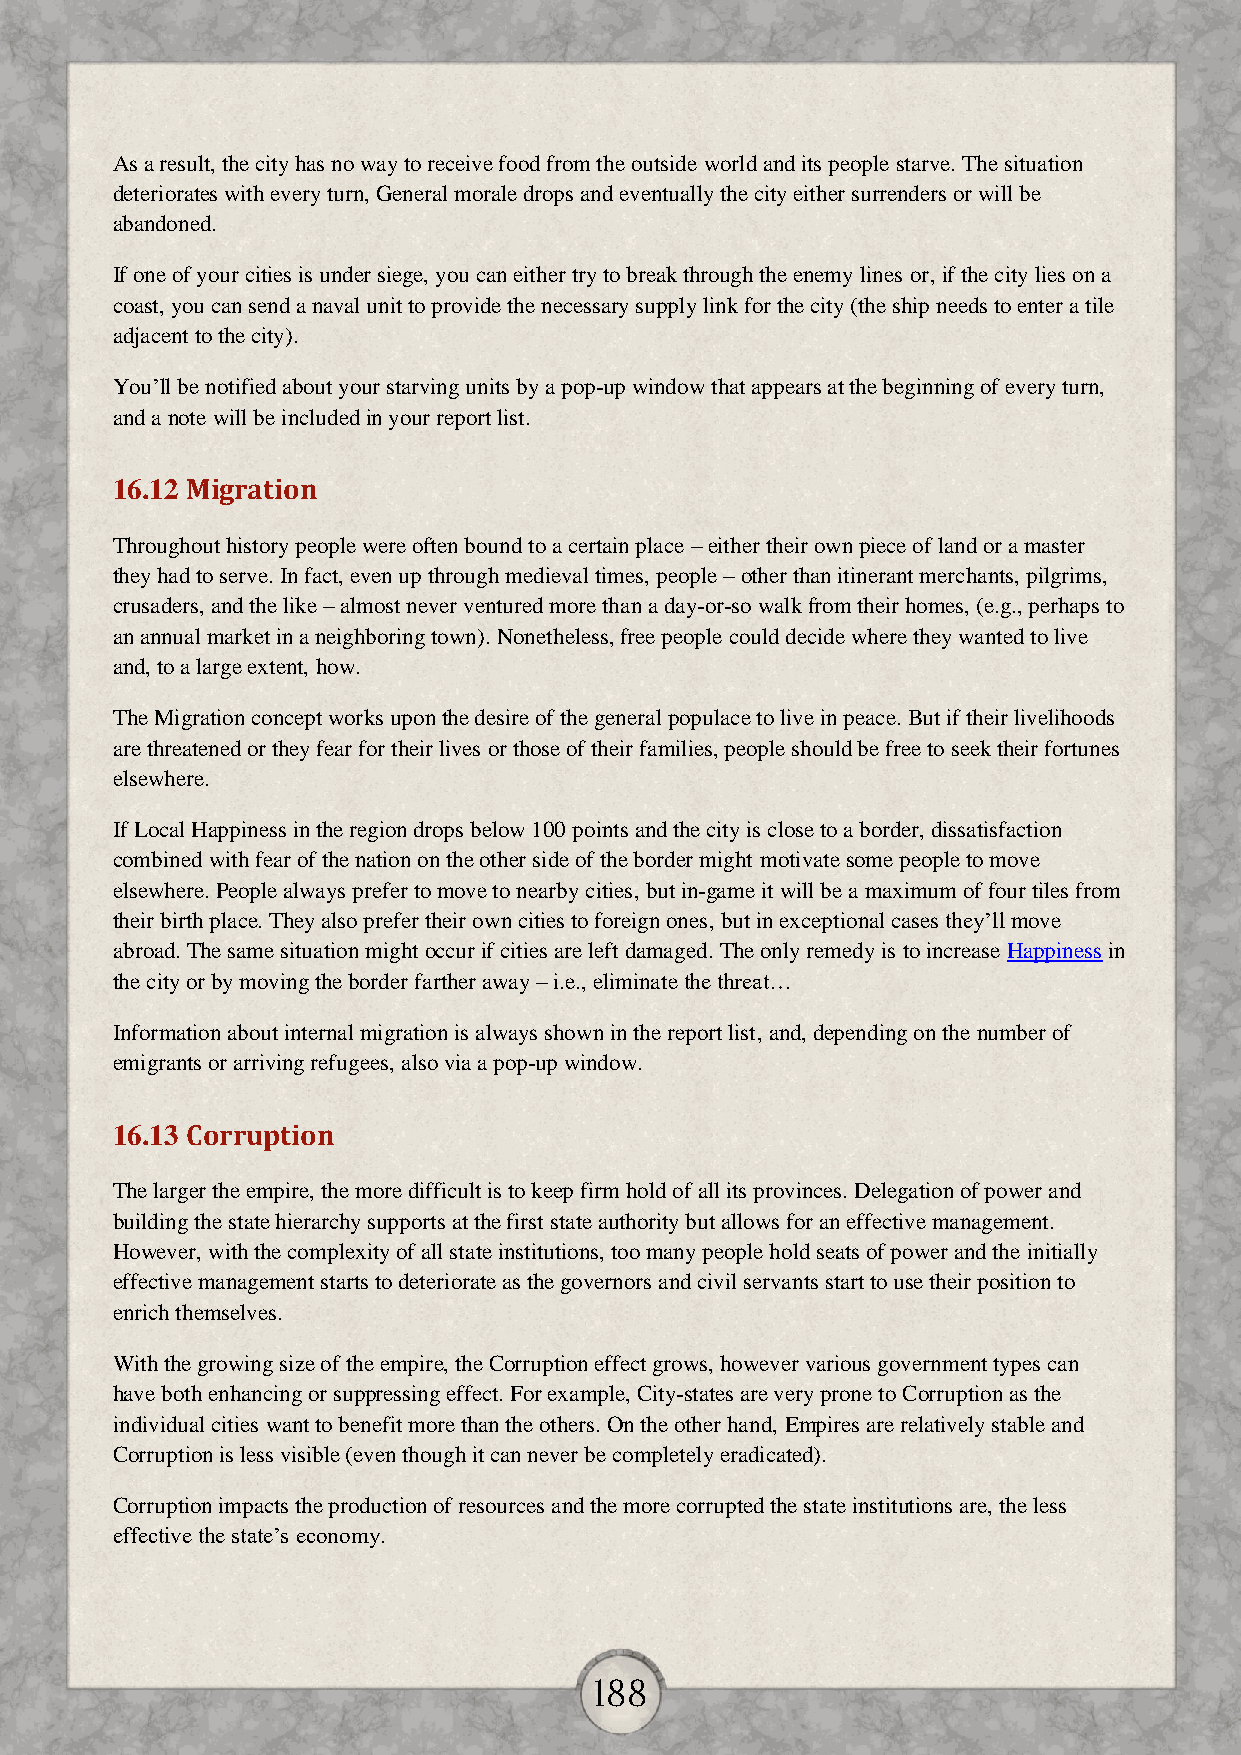
As a result, the city has no way to receive food from the outside world and its people starve. The situation
 deteriorates with every turn, General morale drops and eventually the city either surrenders or will be
 abandoned.
 If one of your cities is under siege, you can either try to break through the enemy lines or, if the city lies on a
 coast, you can send a naval unit to provide the necessary supply link for the city (the ship needs to enter a tile
 adjacent to the city).
 You’ll be notified about your starving units by a pop-up window that appears at the beginning of every turn,
 and a note will be included in your report list.
 16.12 Migration
 Throughout history people were often bound to a certain place – either their own piece of land or a master
 they had to serve. In fact, even up through medieval times, people – other than itinerant merchants, pilgrims,
 crusaders, and the like – almost never ventured more than a day-or-so walk from their homes, (e.g., perhaps to
 an annual market in a neighboring town). Nonetheless, free people could decide where they wanted to live
 and, to a large extent, how.
 The Migration concept works upon the desire of the general populace to live in peace. But if their livelihoods
 are threatened or they fear for their lives or those of their families, people should be free to seek their fortunes
 elsewhere.
 If Local Happiness in the region drops below 100 points and the city is close to a border, dissatisfaction
 combined with fear of the nation on the other side of the border might motivate some people to move
 elsewhere. People always prefer to move to nearby cities, but in-game it will be a maximum of four tiles from
 their birth place. They also prefer their own cities to foreign ones, but in exceptional cases they’ll move
 abroad. The same situation might occur if cities are left damaged. The only remedy is to increase Happiness in
 the city or by moving the border farther away – i.e., eliminate the threat…
 Information about internal migration is always shown in the report list, and, depending on the number of
 emigrants or arriving refugees, also via a pop-up window.
 16.13 Corruption
 The larger the empire, the more difficult is to keep firm hold of all its provinces. Delegation of power and
 building the state hierarchy supports at the first state authority but allows for an effective management.
 However, with the complexity of all state institutions, too many people hold seats of power and the initially
 effective management starts to deteriorate as the governors and civil servants start to use their position to
 enrich themselves.
 With the growing size of the empire, the Corruption effect grows, however various government types can
 have both enhancing or suppressing effect. For example, City-states are very prone to Corruption as the
 individual cities want to benefit more than the others. On the other hand, Empires are relatively stable and
 Corruption is less visible (even though it can never be completely eradicated).
 Corruption impacts the production of resources and the more corrupted the state institutions are, the less
 effective the state’s economy.
 188